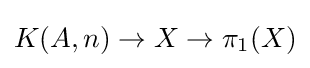
K(A,n)\to X\to \pi _{1}(X)